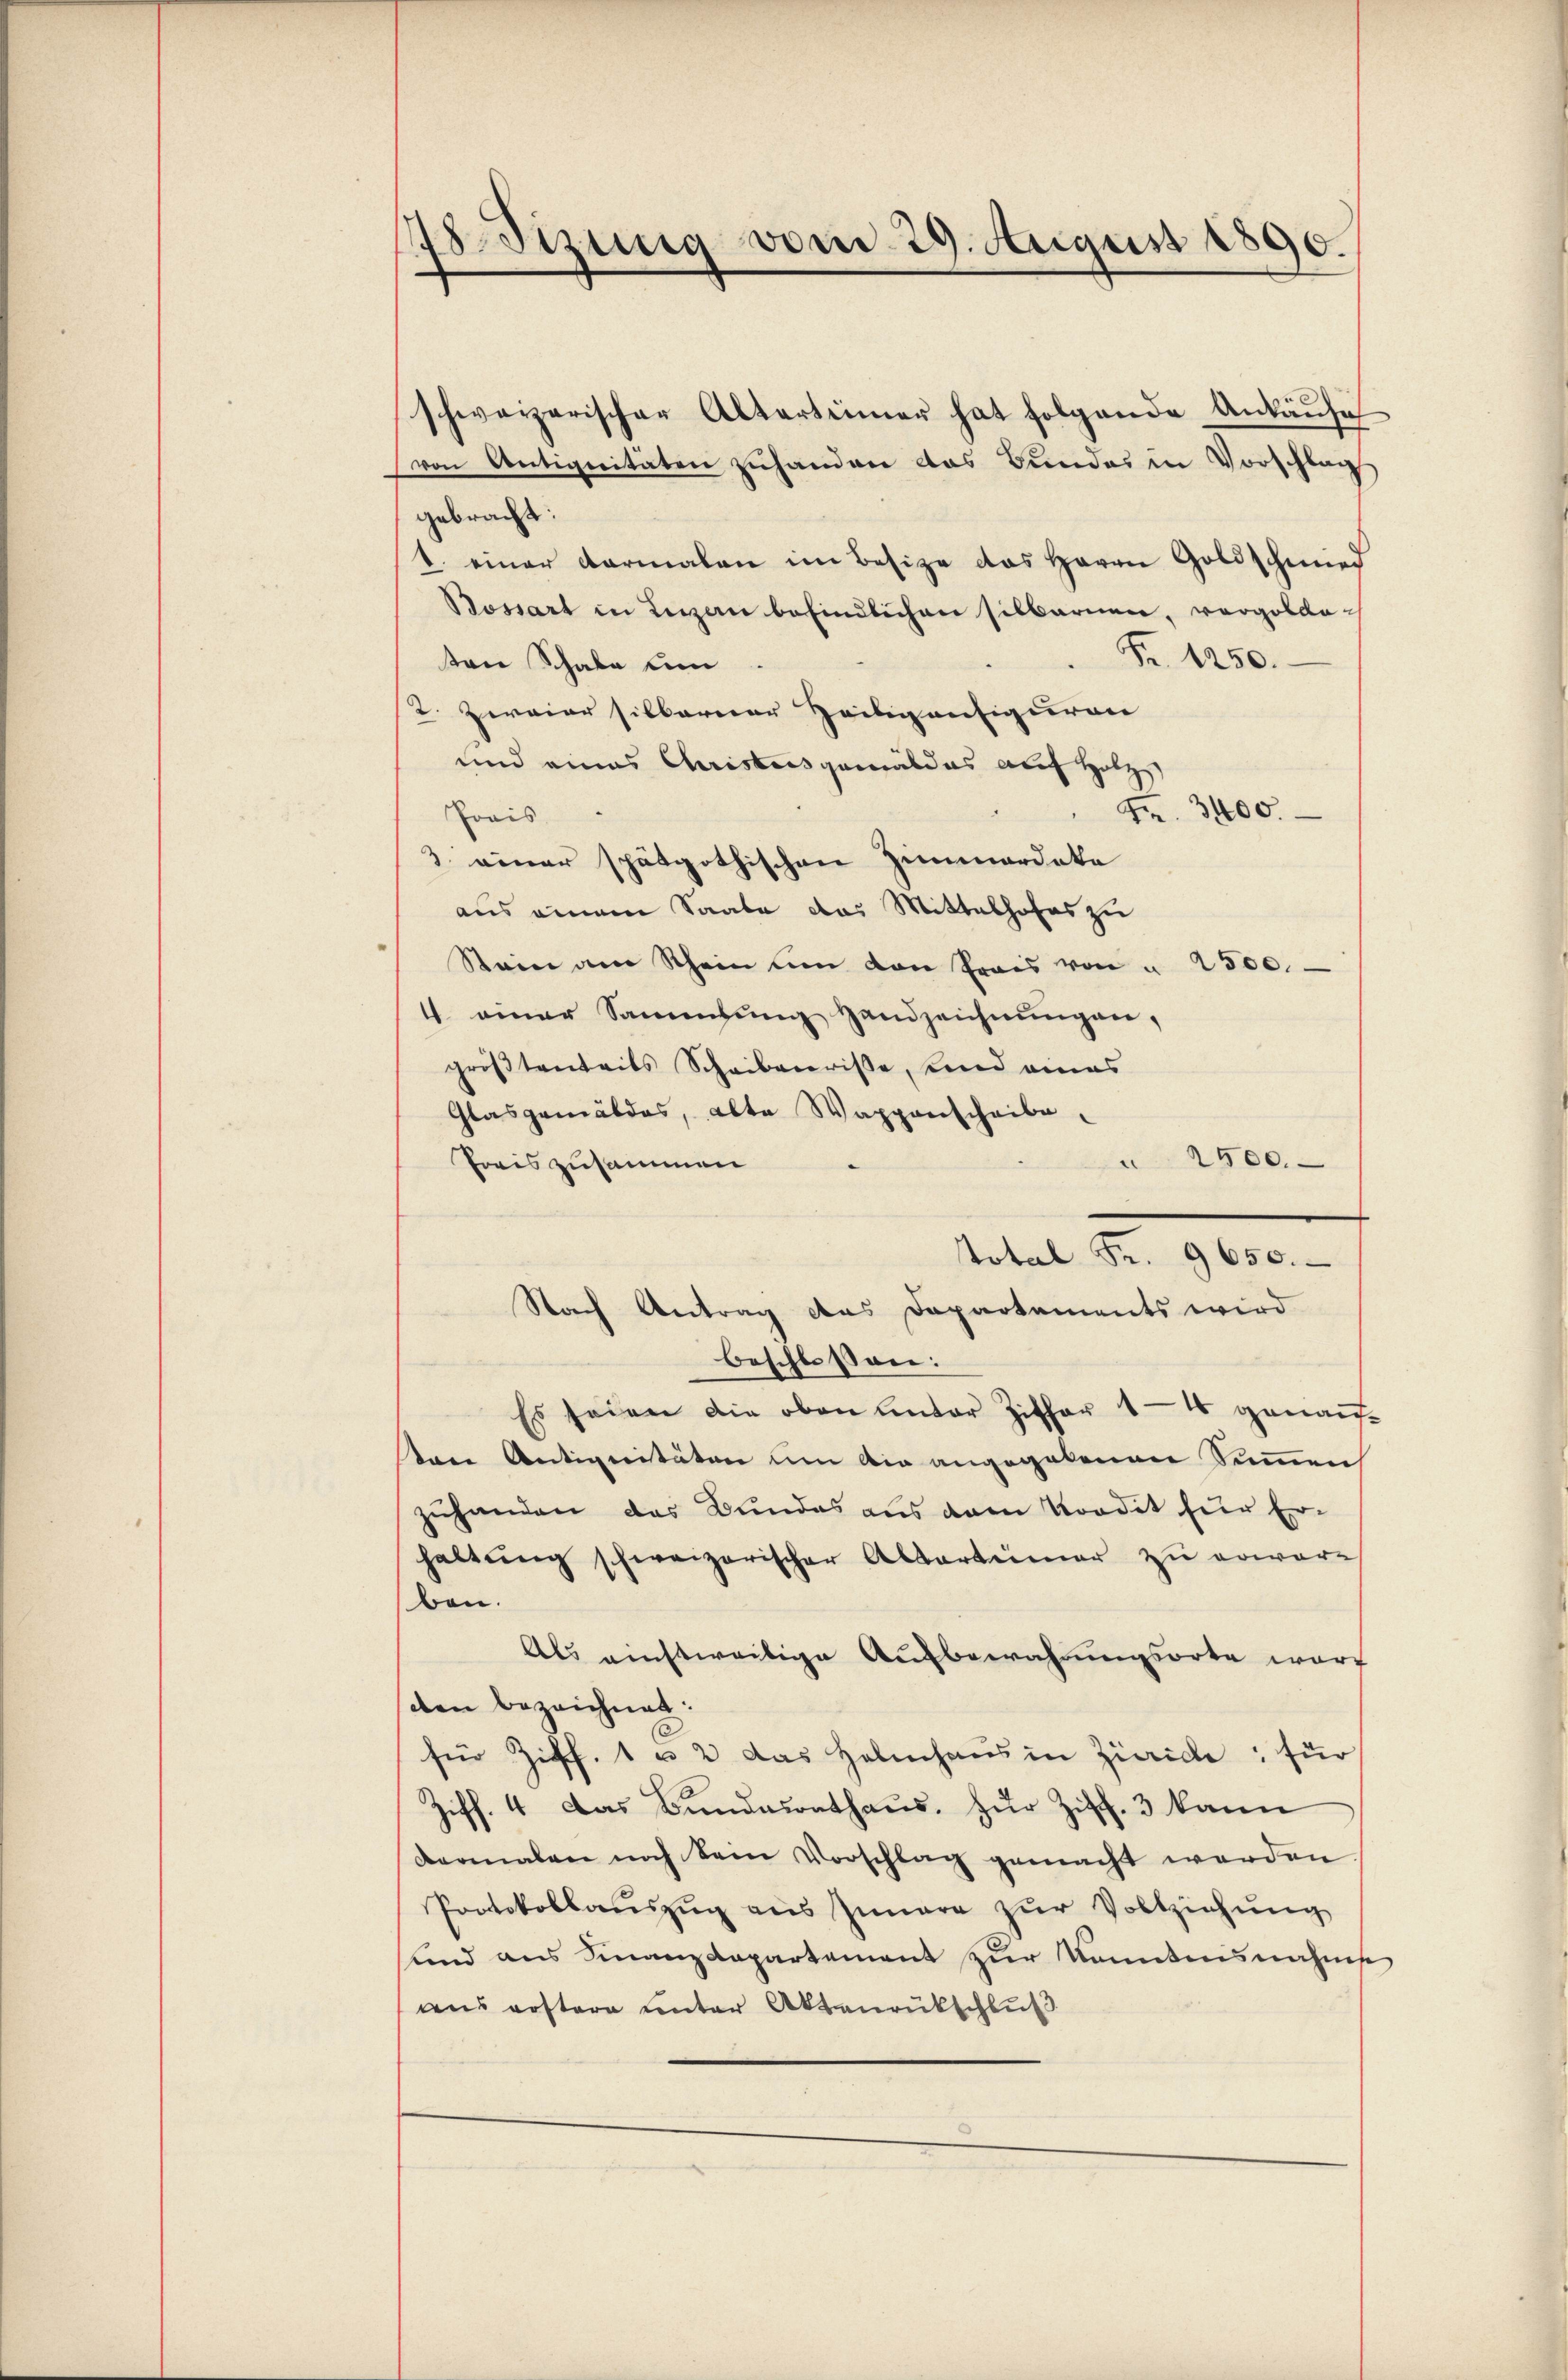
8Sizung vom 29. August 1890.

schweizerischen Altartiimer hat folgende Ankaŭfe
von Antignitäten zuhanden das Bundes in Vorschlag
gebracht:
1. einer darmalen im Besize das Herrn Goldschmied
Bossart in Luzen befindlichen silbaren, vergolde¬
Fr. 1250.
ton Schale um
2. Zweier silberner Zeitig anfiguren
und eines Christesgemäldes auf Holz
 Fr. 3400.
Prais
3 einer spätgothischen Zimmerdaka
aus einem Saale das Mittelhofes zu
Stein am Rhein um den Preis von " 2500.
4 einer Sammlung Handzeichnungen,
größtenteils Scheiberrisse, und eines
Glasgemäldes, alte Wappenscheibe.
2500.
.
Poris zusammen
Nach Antrag des Departements wird
beschlossen:
Es seien die oben unter Ziffer 14 genauftene Antigeritäten um die angegebenen Summen
zuhanden das Bundes aus dem Kordit für Er-
haltung schweizerischer Abbarkeimer zu erwarbau.
Als einstweilige Aufbewahrungsorte wart
den bezeichnet:
für Ziff. 1 u 2 das Halmhaus in Zürich, für
6
Ziff. 4 Das Bundesrathaus, zur Ziff. 3 kann
dermalen noch kein Vorschlag gemacht werden
Protokollauszug aus Innere zur Vollziehung
sind aus Finanzdepartement zur kanntensnahmse
wns erstere unter Aktenrütschluß

Total Fr. 9650.